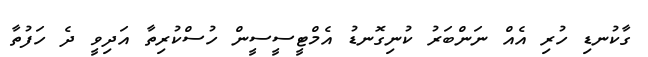
ގާކުނޑި ހުރި އެއް ނަންބަރު ކުނިގޮނޑު އެމްޓީސީސީން ހުސްކުރިތާ އަދިވީ ދެ ހަފުތާ